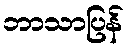
ဘာသာပြန်